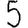
Digit: 5